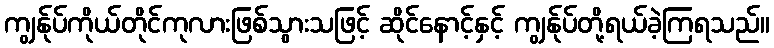
ကျွန်ုပ်ကိုယ်တိုင်ကုလားဖြစ်သွားသဖြင့် ဆိုင်နောင့်နှင့် ကျွန်ုပ်တို့ရယ်ခဲ့ကြရသည်။